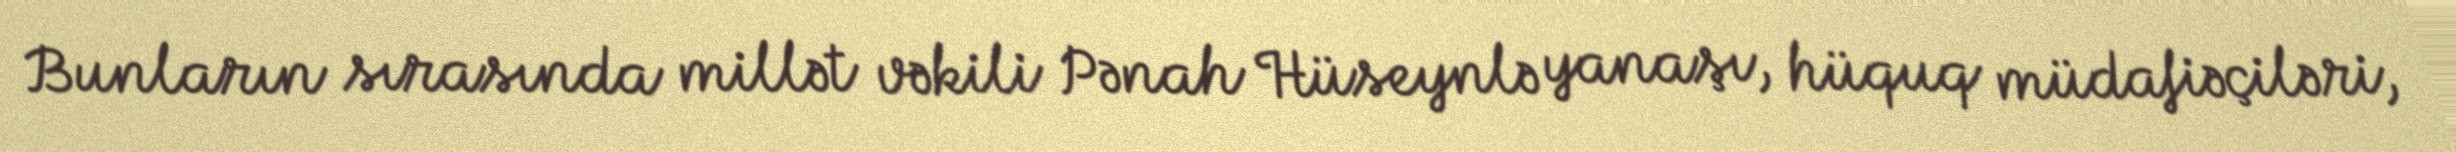
Bunların sırasında millət vəkili Pənah Hüseynlə yanaşı, hüquq müdafiəçiləri,